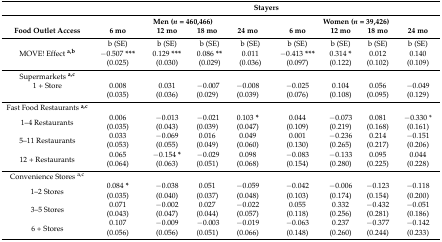
<table><thead><tr><td rowspan="2"></td><td colspan="9"><b>Stayers</b></td></tr><tr><td colspan="5"><b>Men (<i>n</i> = 460,466)</b></td><td colspan="4"><b>Women (<i>n</i> = 39,426)</b></td></tr><tr><td><b>Food Outlet Access</b></td><td><b>6 mo</b></td><td><b>12 mo</b></td><td><b>18 mo</b></td><td colspan="2"><b>24 mo</b></td><td><b>6 mo</b></td><td><b>12 mo</b></td><td><b>18 mo</b></td><td><b>24 mo</b></td></tr></thead><tbody><tr><td></td><td>b (SE)</td><td>b (SE)</td><td colspan="2">b (SE)</td><td>b (SE)</td><td>b (SE)</td><td>b (SE)</td><td>b (SE)</td><td>b (SE)</td></tr><tr><td>MOVE! Effect <b><sup>a,b</sup></b></td><td>−0.507 <b>***</b></td><td>0.129 <b>***</b></td><td colspan="2">0.086 <b>**</b></td><td>0.011</td><td>−0.413 <b>***</b></td><td>0.314 <b>*</b></td><td>0.012</td><td>0.140</td></tr><tr><td></td><td>(0.025)</td><td>(0.030)</td><td colspan="2">(0.029)</td><td>(0.036)</td><td>(0.097)</td><td>(0.122)</td><td>(0.102)</td><td>(0.109)</td></tr><tr><td>Supermarkets <b><sup>a,c</sup></b></td><td colspan="9"></td></tr><tr><td>1 + Store</td><td>0.008</td><td>0.031</td><td>−0.007</td><td colspan="2">−0.008</td><td>−0.025</td><td>0.104</td><td>0.056</td><td>−0.049</td></tr><tr><td></td><td>(0.035)</td><td>(0.036)</td><td>(0.029)</td><td colspan="2">(0.039)</td><td>(0.076)</td><td>(0.108)</td><td>(0.095)</td><td>(0.129)</td></tr><tr><td>Fast Food Restaurants <b><sup>a,c</sup></b></td><td colspan="9"></td></tr><tr><td rowspan="2">1–4 Restaurants</td><td>0.006</td><td>−0.013</td><td>−0.021</td><td colspan="2">0.103 <b>*</b></td><td>0.044</td><td>−0.073</td><td>0.081</td><td>−0.330 *</td></tr><tr><td>(0.035)</td><td>(0.043)</td><td>(0.039)</td><td colspan="2">(0.047)</td><td>(0.109)</td><td>(0.219)</td><td>(0.168)</td><td>(0.161)</td></tr><tr><td rowspan="2">5–11 Restaurants</td><td>0.033</td><td>−0.069</td><td>0.016</td><td colspan="2">0.049</td><td>0.001</td><td>−0.236</td><td>0.214</td><td>−0.151</td></tr><tr><td>(0.053)</td><td>(0.055)</td><td>(0.049)</td><td colspan="2">(0.060)</td><td>(0.130)</td><td>(0.265)</td><td>(0.217)</td><td>(0.206)</td></tr><tr><td rowspan="2">12 + Restaurants</td><td>0.065</td><td>−0.154 <b>*</b></td><td>−0.029</td><td colspan="2">0.098</td><td>−0.083</td><td>−0.133</td><td>0.095</td><td>0.044</td></tr><tr><td>(0.064)</td><td>(0.063)</td><td>(0.051)</td><td colspan="2">(0.068)</td><td>(0.154)</td><td>(0.280)</td><td>(0.225)</td><td>(0.228)</td></tr><tr><td>Convenience Stores <sup>a,c</sup></td><td colspan="9"></td></tr><tr><td rowspan="2">1–2 Stores</td><td>0.084 <b>*</b></td><td>−0.038</td><td>0.051</td><td colspan="2">−0.059</td><td>−0.042</td><td>−0.006</td><td>−0.123</td><td>−0.118</td></tr><tr><td>(0.035)</td><td>(0.040)</td><td>(0.037)</td><td colspan="2">(0.048)</td><td>(0.103)</td><td>(0.174)</td><td>(0.154)</td><td>(0.200)</td></tr><tr><td rowspan="2">3–5 Stores</td><td>0.071</td><td>−0.002</td><td>0.027</td><td colspan="2">−0.022</td><td>0.055</td><td>0.332</td><td>−0.432</td><td>−0.051</td></tr><tr><td>(0.043)</td><td>(0.047)</td><td>(0.044)</td><td colspan="2">(0.057)</td><td>(0.118)</td><td>(0.256)</td><td>(0.281)</td><td>(0.186)</td></tr><tr><td rowspan="2">6 + Stores</td><td>0.107</td><td>−0.009</td><td>−0.003</td><td colspan="2">−0.019</td><td>−0.063</td><td>0.237</td><td>−0.377</td><td>−0.142</td></tr><tr><td>(0.056)</td><td>(0.056)</td><td>(0.051)</td><td colspan="2">(0.066)</td><td>(0.148)</td><td>(0.260)</td><td>(0.244)</td><td>(0.233)</td></tr></tbody></table>